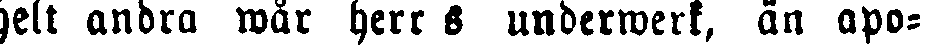
helt andra wår herr & underwerk, än apo-